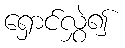
ရှောင်လွှဲ၍